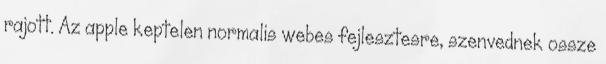
rajott. Az apple keptelen normalis webes fejlesztesre, szenvednek ossze